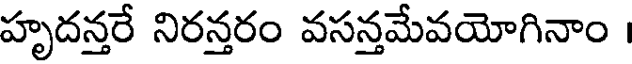
హృదన్తరే నిరన్తరం వసన్తమేవయోగినాం